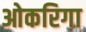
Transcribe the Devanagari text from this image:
ओकरिगा